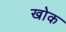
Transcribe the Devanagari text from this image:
खोक